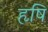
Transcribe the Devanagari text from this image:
हृषि